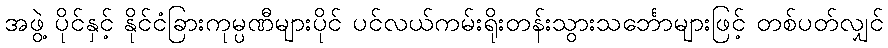
အဖွဲ့ ပိုင်နှင့် နိုင်ငံခြားကုမ္ပဏီများပိုင် ပင်လယ်ကမ်းရိုးတန်းသွားသင်္ဘောများဖြင့် တစ်ပတ်လျှင်